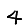
Digit: 4